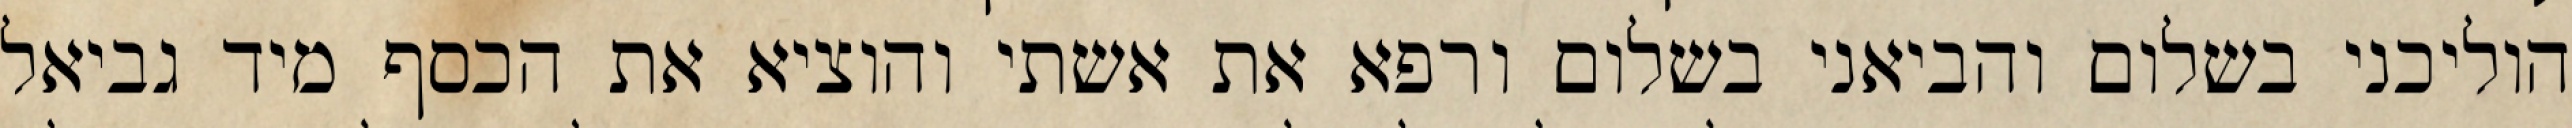
הוליכני בשלום והביאני בשלום ורפא את אשתי והוציא את הכסף מיד גביאל